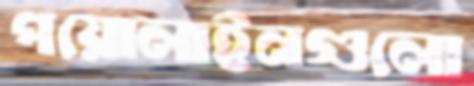
পয়োলাইনগুলো